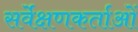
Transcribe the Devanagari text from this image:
सर्वेक्षणकर्ताओं